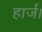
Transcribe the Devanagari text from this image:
हार्ज।